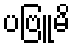
ပဗြူမိ